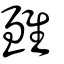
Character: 雖